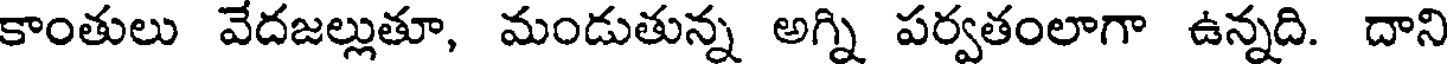
కాంతులు వేదజల్లుతూ, మండుతున్న అగ్ని పర్వతంలాగా ఉన్నది. దాని